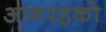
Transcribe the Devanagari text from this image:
आगरहको